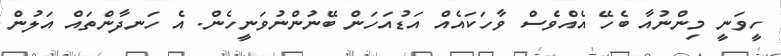
ހީވަނީ މިންނުއާ ބެހޭ އެއްވެސް ވާހަކައެއް އަޑުއަހަން ބޭނުންނުވަނީހެން. އެ ހަނދާންތައް އަލުން